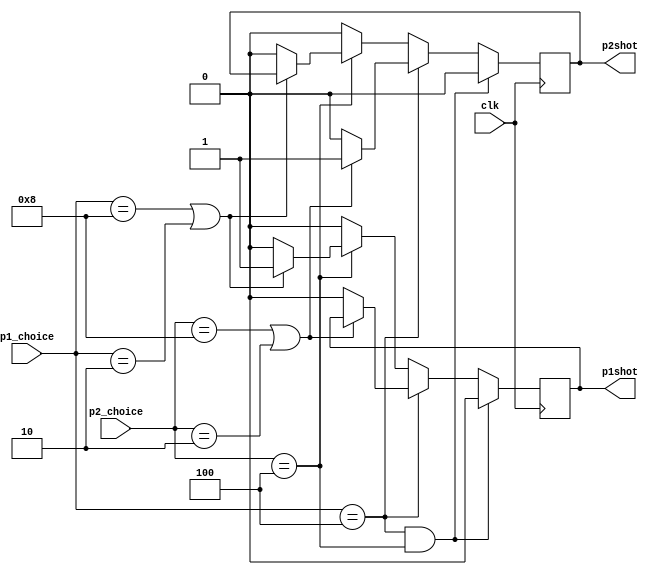
`timescale 1ns / 1ps


module outcome_calc(
    input clk,
    input [3:0] p1_choice,p2_choice,
    output reg p1shot,p2shot
    );
    
always@(posedge clk)
begin
    if(p1_choice == 4'b0100 && p2_choice == 4'b0100)
        begin
            p1shot <= 0;
            p2shot <= 0;
        end
    
    else 
    begin
        if(p1_choice == 4'b0100)begin
            if((p2_choice == 4'b1000) || (p2_choice == 4'b0010))
                p2shot <= 1;
            else begin
                    p1shot <= 0;
                    p2shot <= 0;
                 end
        end        
        else 
        begin
            if(p2_choice == 4'b0100)begin
                if((p1_choice == 4'b1000) || (p1_choice == 4'b0010))
                    p1shot <= 1;
                else begin
                    p1shot <= 0;
                    p2shot <= 0;
                 end
            end
    
            else begin
                    p1shot <= 0;
                    p2shot <= 0;
                 end
        end
     end    
end 
endmodule